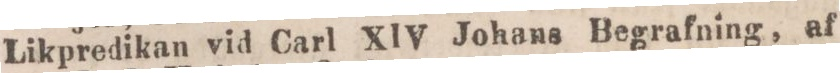
Likpredikan vid Carl XIV Johans Begrafning, af